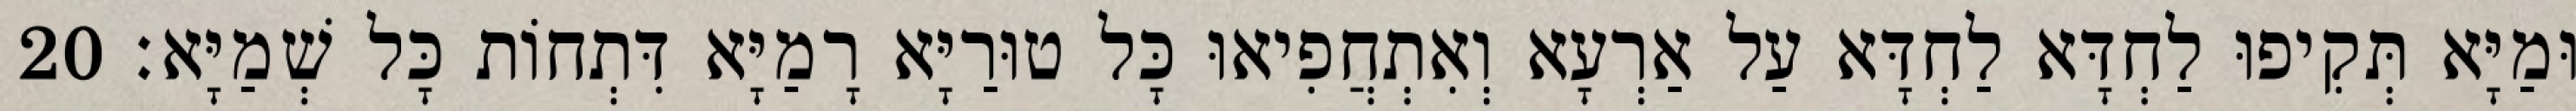
וּמַיָּא תְּקִיפוּ לַחְדָּא לַחְדָּא עַל אַרְעָא וְאִתְחֲפִיאוּ כָּל טוּרַיָּא רָמַיָּא דִּתְחוֹת כָּל שְׁמַיָּא׃ 20